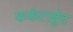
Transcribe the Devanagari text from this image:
कर्कटार्बुद